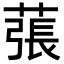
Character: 𦸾